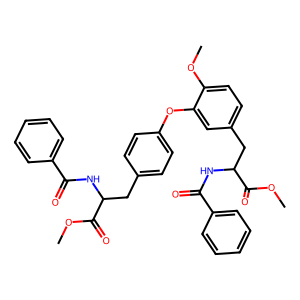
SMILES: COC(=O)C(Cc1ccc(Oc2cc(CC(NC(=O)c3ccccc3)C(=O)OC)ccc2OC)cc1)NC(=O)c1ccccc1
Inhibits HIV replication: No